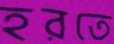
হরতে